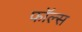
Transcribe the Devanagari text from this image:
फाॅल्स